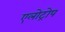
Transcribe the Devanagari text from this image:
एलोट्रोप